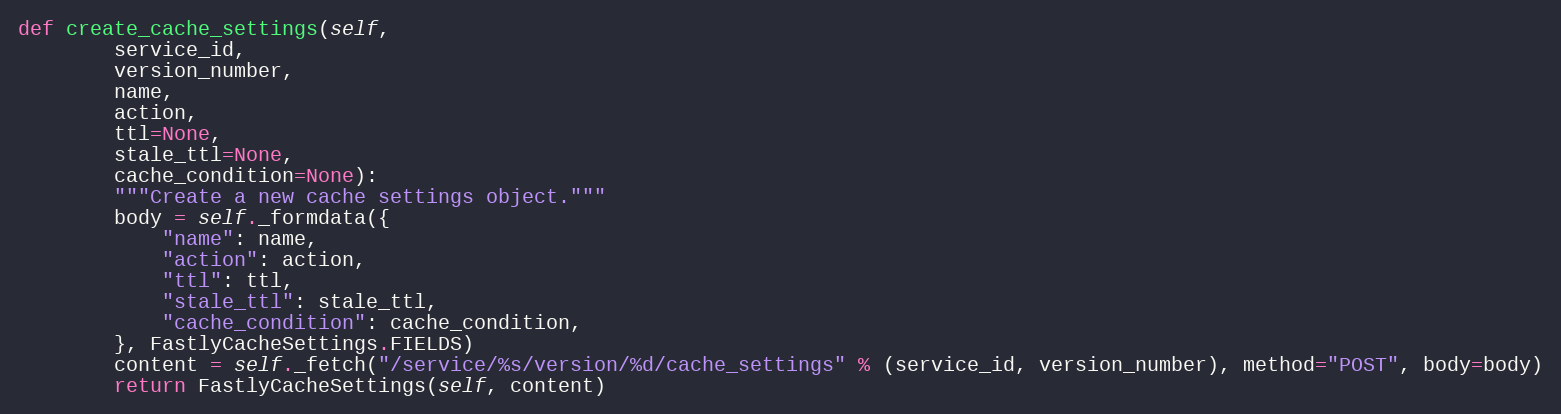
Language: Python
def create_cache_settings(self,
		service_id,
		version_number,
		name,
		action,
		ttl=None,
		stale_ttl=None,
		cache_condition=None):
		"""Create a new cache settings object."""
		body = self._formdata({
			"name": name,
			"action": action,
			"ttl": ttl,
			"stale_ttl": stale_ttl,
			"cache_condition": cache_condition,
		}, FastlyCacheSettings.FIELDS)
		content = self._fetch("/service/%s/version/%d/cache_settings" % (service_id, version_number), method="POST", body=body)
		return FastlyCacheSettings(self, content)